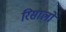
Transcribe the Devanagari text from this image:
रिसालों